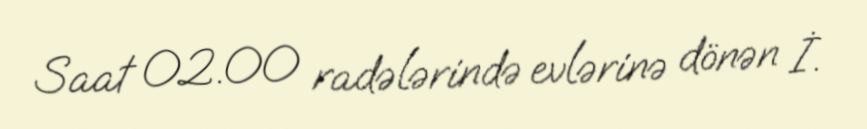
Saat 02.00 radələrində evlərinə dönən İ.